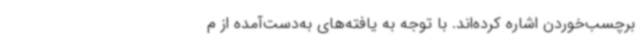
برچسب‌خوردن اشاره کرده‌اند. با توجه به یافته‌های به‌دست‌آمده از م